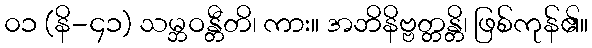
၀၁ (နိ-၄၁) သမ္ဘဝန္တီတိ၊ ကား။ အဘိနိဗ္ဗတ္တန္တိ၊ ဖြစ်ကုန်၏။